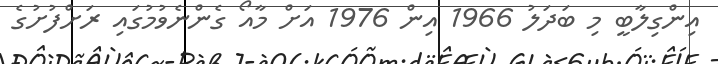
އިންގިލާބީ މި ބަދަލު 1966 އިން 1976 އަށް މާއޯ ގެންނެވުމުގައި ރަށްފުށުގެ